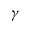
\gamma